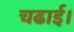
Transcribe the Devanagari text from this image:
चढाई।